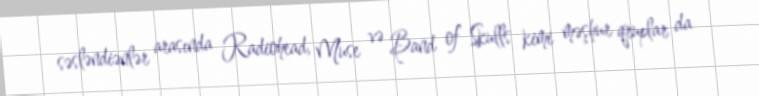
səsləndiənlər arasında Radiohead, Muse və Band of Skulls kimi məşhur qruplar da